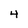
Character: 4